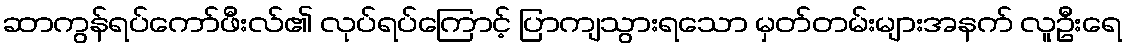
ဆာကွန်ရပ်ကော်ဖီးလ်၏ လုပ်ရပ်ကြောင့် ပြာကျသွားရသော မှတ်တမ်းများအနက် လူဦးရေ